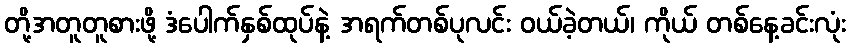
တို့အတူတူစားဖို့ ဒံပေါက်နှစ်ထုပ်နဲ့ အရက်တစ်ပုလင်း ဝယ်ခဲ့တယ်၊ ကိုယ် တစ်နေ့ခင်းလုံး